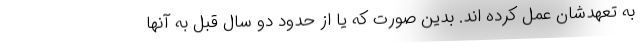
به تعهدشان عمل کرده اند. بدین صورت که یا از حدود دو سال قبل به آنها